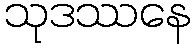
သုဒဿနေ